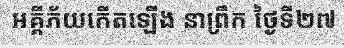
អគ្គីភ័យកើតឡើង នាព្រឹក ថ្ងៃទី២៧